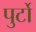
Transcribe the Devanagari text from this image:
पुर्टो